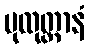
ပုထုတ္တာနံ